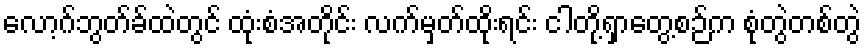
လော့ဂ်ဘွတ်ခ်ထဲတွင် ထုံးစံအတိုင်း လက်မှတ်ထိုးရင်း ငါတို့ရှာတွေ့စဉ်က စုံတွဲတစ်တွဲ